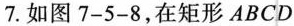
7.如图7-5-8，在矩形ABCD